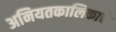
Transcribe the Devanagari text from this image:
अनियतकालिकाचे